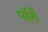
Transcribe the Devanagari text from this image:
पॉर्शे